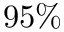
9 5 \%